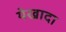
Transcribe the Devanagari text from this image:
येखादा